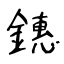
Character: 鏸